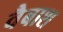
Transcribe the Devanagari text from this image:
वैबाश